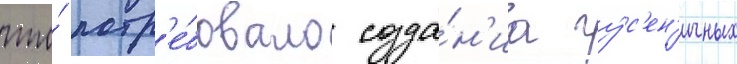
что́ потр'е́бовало созда́н'иа гу́с'ен'ичных